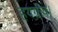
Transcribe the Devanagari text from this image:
हयग्रीव।